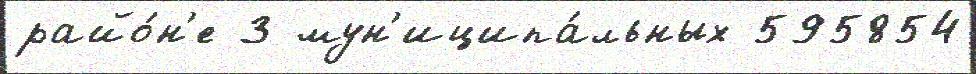
райо́н'е 3 мун'иципа́льных 595854